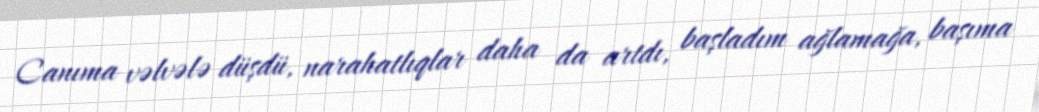
Canıma vəlvələ düşdü, narahatlıqlar daha da artdı, başladım ağlamağa, başıma